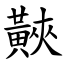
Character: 䵌